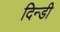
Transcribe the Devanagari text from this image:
दिन्डी